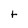
Character: t